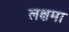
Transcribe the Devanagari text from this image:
लक्षमा